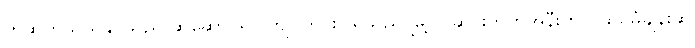
ကိုဆက်သွယ်နိုင်သည် ဆွဲဆောင်ရာ ကျင်ကွင်းပြရသည် မြို့ဝင်ဆိုင်းဘုတ်အနီးတွင် ထပ်မံချိန်းဆို